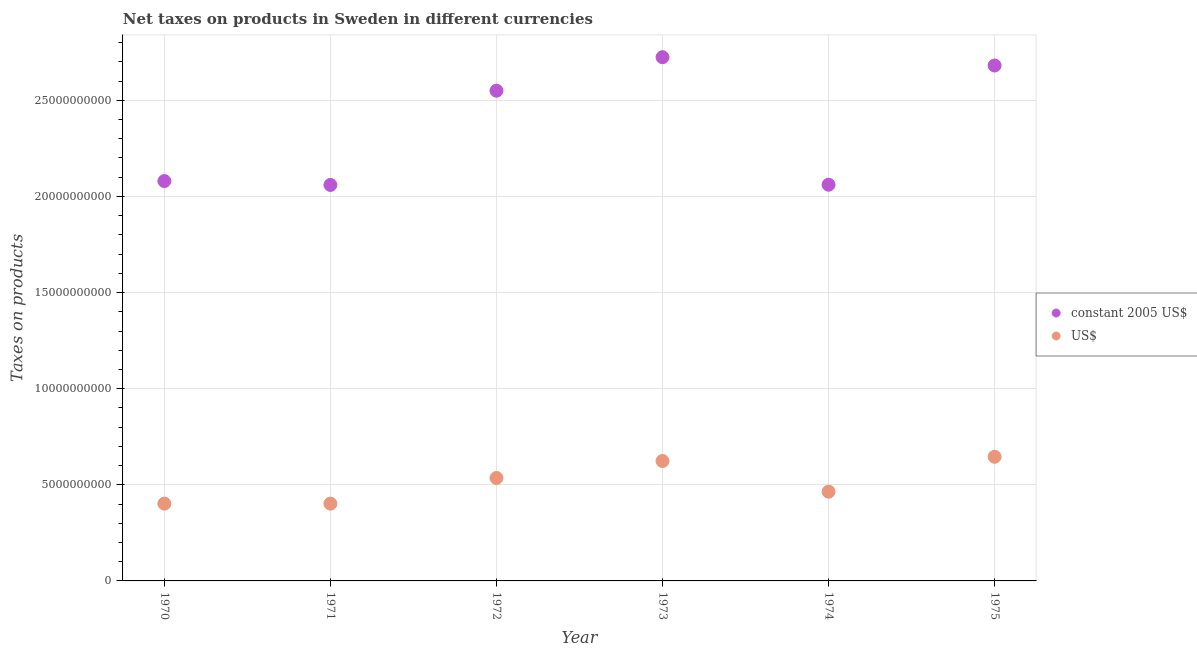
| Year | constant 2005 US$ | US$ |
 | --- | --- | --- |
 | 1970 | 2.08e+10 | 4.02e+09 |
 | 1971 | 2.06e+10 | 4.02e+09 |
 | 1972 | 2.55e+10 | 5.35e+09 |
 | 1973 | 2.72e+10 | 6.24e+09 |
 | 1974 | 2.06e+10 | 4.64e+09 |
 | 1975 | 2.68e+10 | 6.46e+09 |